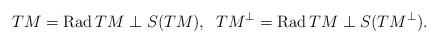
LaTeX: \begin{align*} T M = \mathrm{Rad}\,T M \perp S(T M),\;\;T M^{\perp} = \mathrm{Rad}\,T M \perp S(TM^{\perp}). \end{align*}